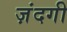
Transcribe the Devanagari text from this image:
ज़ंदगी